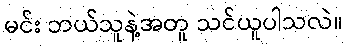
မင်း ဘယ်သူနဲ့အတူ သင်ယူပါသလဲ။